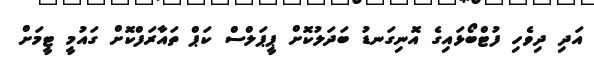
އަދި ދިވެހި ފުޓްބޯޅައިގެ އޮނިގަނޑު ބަދަލުކޮށް ޕީޕަލްސް ކަޕް ތައާރަފްކޮށް ގައުމީ ޓީމަށް